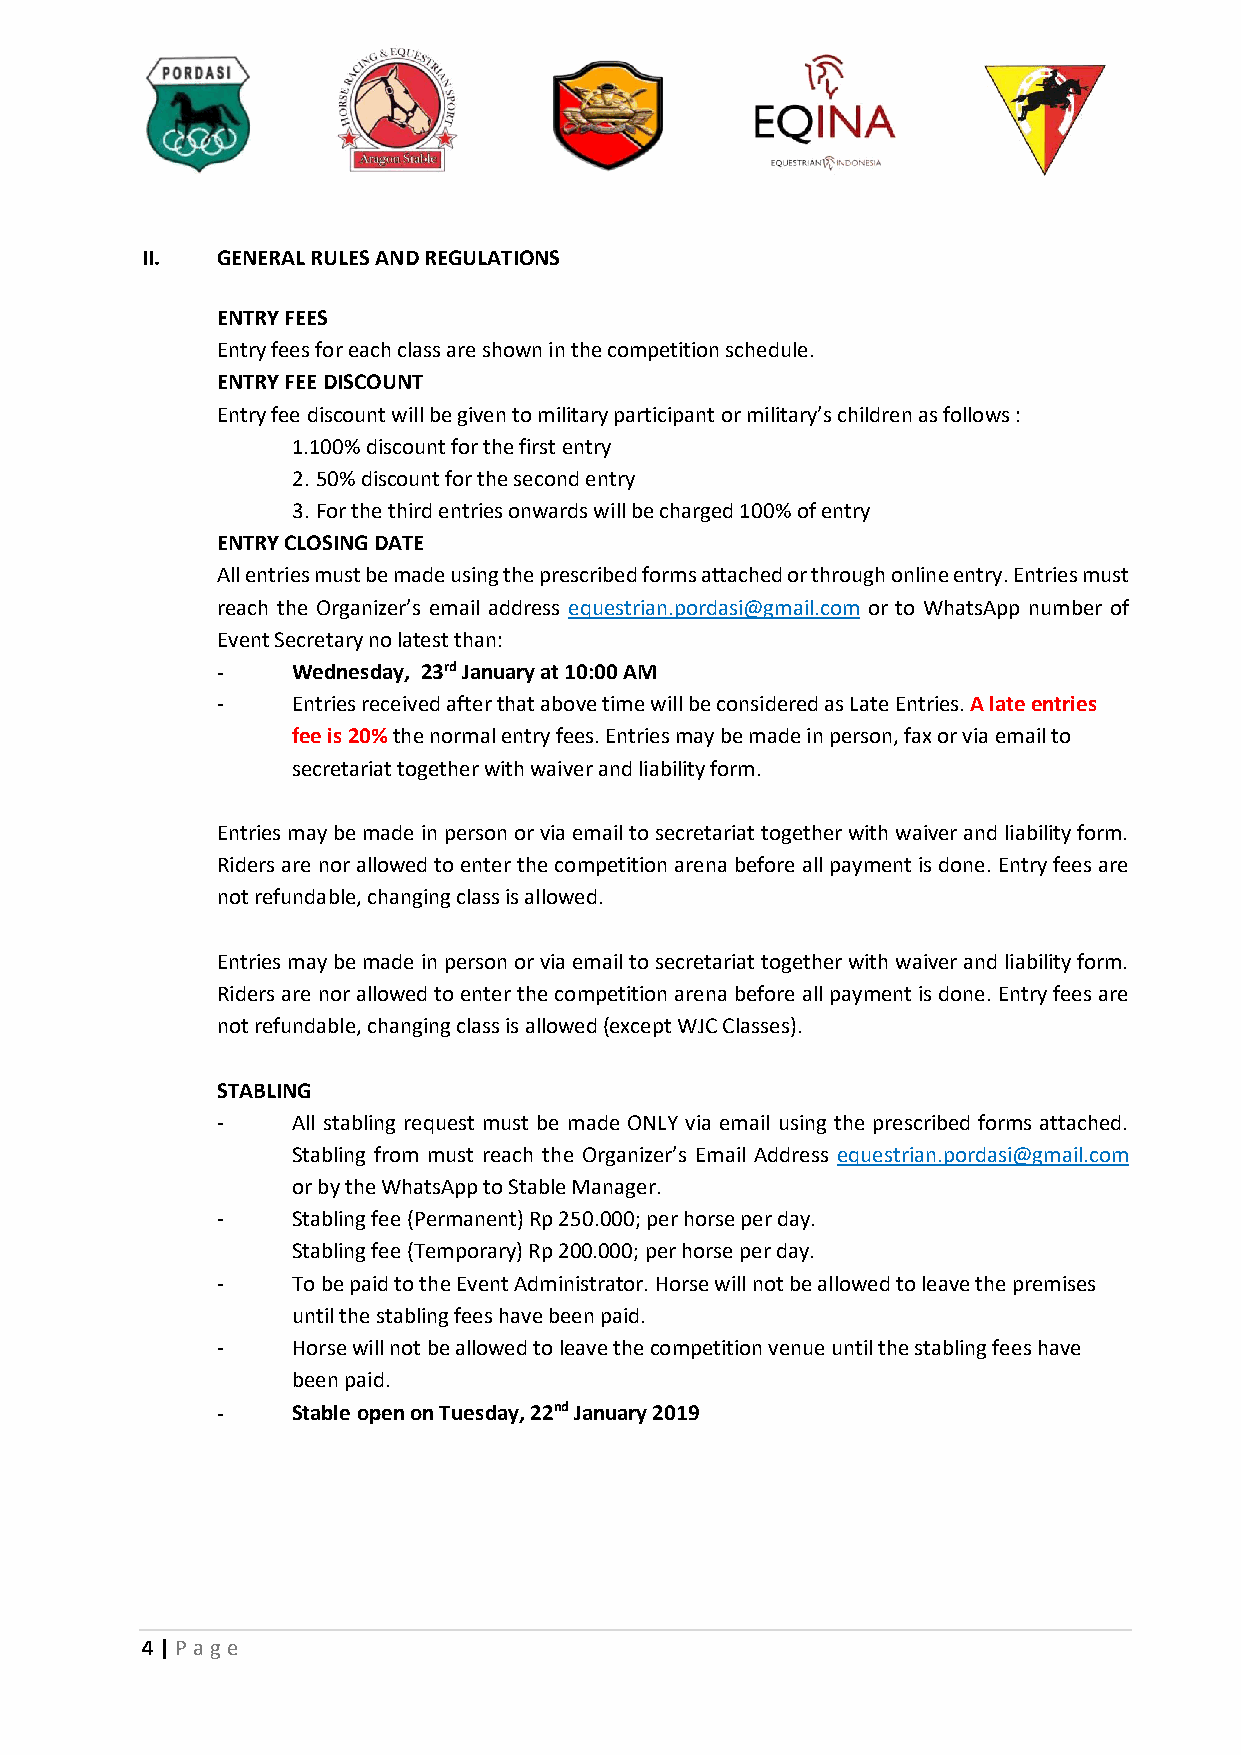
II.  GENERAL RULES AND REGULATIONS
 ENTRY FEES
 Entry fees for each class are shown in the competition schedule.
 ENTRY FEE DISCOUNT
 Entry fee discount will be given to military participant or military’s children as follows :
 1.100% discount for the first entry
 2. 50% discount for the second entry
 3. For the third entries onwards will be charged 100% of entry
 ENTRY CLOSING DATE
 All entries must be made using the prescribed forms attached or through online entry. Entries must
 reach the Organizer’s email address equestrian.pordasi@gmail.com or to WhatsApp number of
 Event Secretary no latest than:
 -    Wednesday, 23rd January at 10:00 AM
 -    Entries received after that above time will be considered as Late Entries. A late entries
 fee is 20% the normal entry fees. Entries may be made in person, fax or via email to
 secretariat together with waiver and liability form.
 Entries may be made in person or via email to secretariat together with waiver and liability form.
 Riders are nor allowed to enter the competition arena before all payment is done. Entry fees are
 not refundable, changing class is allowed.
 Entries may be made in person or via email to secretariat together with waiver and liability form.
 Riders are nor allowed to enter the competition arena before all payment is done. Entry fees are
 not refundable, changing class is allowed (except WJC Classes).
 STABLING
 -    All stabling request must be made ONLY via email using the prescribed forms attached.
 Stabling from must reach the Organizer’s Email Address equestrian.pordasi@gmail.com
 or by the WhatsApp to Stable Manager.
 -    Stabling fee (Permanent) Rp 250.000; per horse per day.
 Stabling fee (Temporary) Rp 200.000; per horse per day.
 -    To be paid to the Event Administrator. Horse will not be allowed to leave the premises
 until the stabling fees have been paid.
 -    Horse will not be allowed to leave the competition venue until the stabling fees have
 been paid.
 -    Stable open on Tuesday, 22nd January 2019
 4 | P age